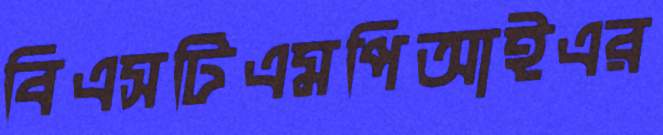
বিএসটিএমপিআইএর